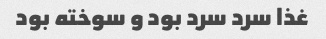
غذا سرد سرد بود و سوخته بود